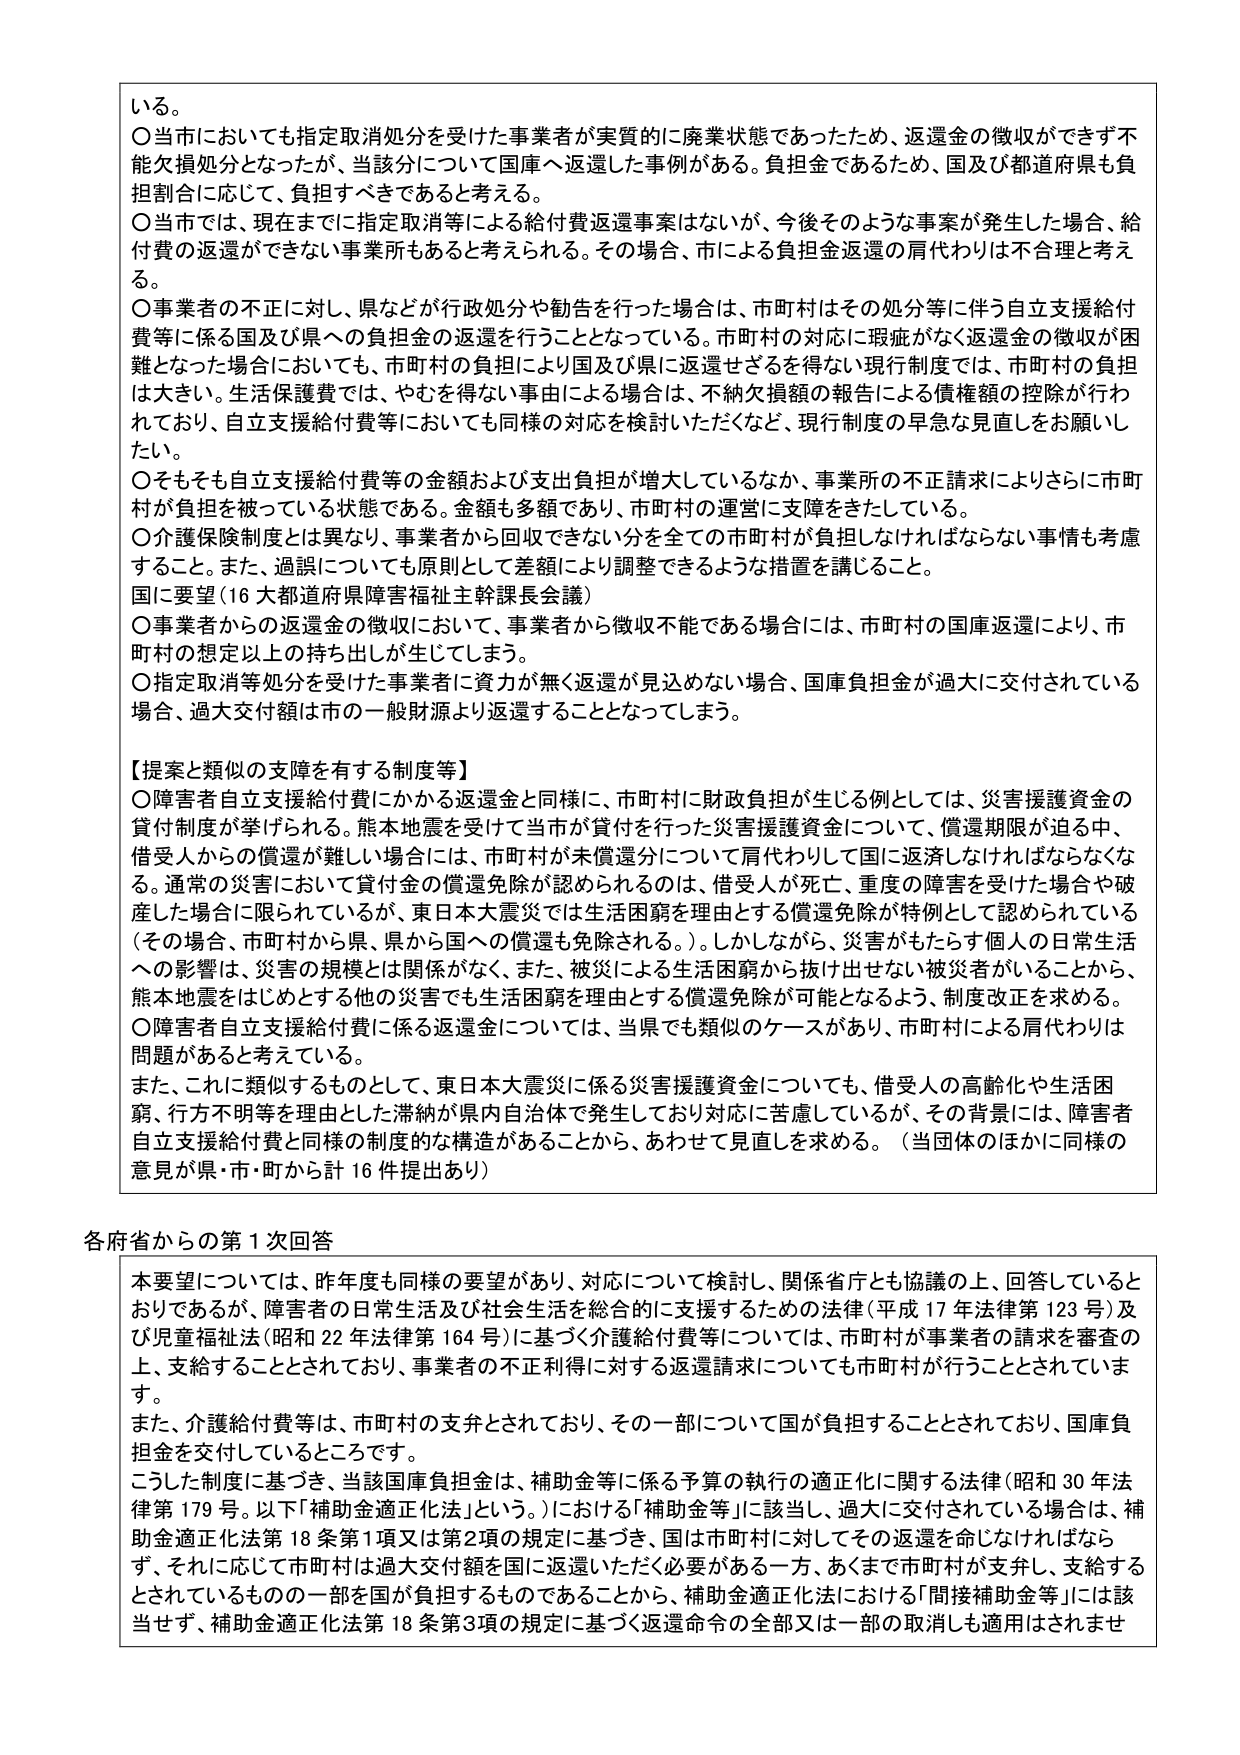
いる。

〇当市においても指定取消処分を受けた事業者が実質的に廃業状態であったため、返還金の徴収ができず不能欠損処分となったが、当該分について国庫へ返還した事例がある。負担金であるため、国及び都道府県も負担割合に応じて、負担すべきであると考える。

〇当市では、現在までに指定取消等による給付費返還事案はないが、今後そのような事案が発生した場合、給付費の返還ができない事業所もあると考えられる。その場合、市による負担金返還の肩代わりは不合理と考える。

〇事業者の不正に対し、県などが行政処分や勧告を行った場合は、市町村はその処分等に伴う自立支援給付費等に係る国及び県への負担金の返還を行うこととなっている。市町村の対応に瑕疵がなく返還金の徴収が困難となった場合においても、市町村の負担により国及び県に返還せざるを得ない現行制度では、市町村の負担は大きい。生活保護費では、やむを得ない事由による場合は、不納欠損額の報告による債権額の控除が行われており、自立支援給付費等においても同様の対応を検討いただくなど、現行制度の早急な見直しをお願いしたい。

〇そもそも自立支援給付費等の金額および支出負担が増大しているなか、事業所の不正請求によりさらに市町村が負担を被っている状態である。金額も多額であり、市町村の運営に支障をきたしている。

〇介護保険制度とは異なり、事業者から回収できない分を全ての市町村が負担しなければならない事情も考慮すること。また、過誤についても原則として差額により調整できるような措置を講じること。

国に要望（16大都道府県障害福祉主幹課長会議）

〇事業者からの返還金の徴収において、事業者から徴収不能である場合には、市町村の国庫返還により、市町村の想定以上の持ち出しが生じてしまう。

〇指定取消等処分を受けた事業者に資力が無く返還が見込めない場合、国庫負担金が過大に交付されている場合、過大交付額は市の一般財源より返還することとなってしまう。

【提案と類似の支障を有する制度等】

〇障害者自立支援給付費にかかる返還金と同様に、市町村に財政負担が生じる例としては、災害援護資金の貸付制度が挙げられる。熊本地震を受けた当市が貸付を行った災害援護資金について、償還期限が迫る中、借受人からの償還が難しい場合には、市町村が未償還分について肩代わりして国に返済しなければならなくなる。通常の災害において貸付金の償還免除が認められるのは、借受人が死亡、重度の障害を受けた場合や破産した場合に限られているが、東日本大震災では生活困窮を理由とする償還免除が特例として認められている（その場合、市町村から県、県から国への償還も免除される。）。しかしながら、災害がもたらす個人の日常生活への影響は、災害の規模とは関係がなく、また、被災による生活困窮から抜け出せない被災者がいることから、熊本地震をはじめとする他の災害でも生活困窮を理由とする償還免除が可能となるよう、制度改正を求める。

〇障害者自立支援給付費に係る返還金については、当県でも類似のケースがあり、市町村による肩代わりは問題があると考えている。

また、これに類似するものとして、東日本大震災に係る災害援護資金についても、借受人の高齢化や生活困窮、行方不明等を理由とした滞納が県内自治体で発生しており対応に苦慮しているが、その背景には、障害者自立支援給付費と同様の制度的な構造があることから、あわせて見直しを求める。（当団体のほかに同様の意見が県・市・町から計16件提出あり）

各府省からの第1次回答

本要望については、昨年度も同様の要望があり、対応について検討し、関係省庁とも協議の上、回答しているとおりであるが、障害者の日常生活及び社会生活を総合的に支援するための法律（平成17年法律第123号）及び児童福祉法（昭和22年法律第164号）に基づく介護給付費等については、市町村が事業者の請求を審査の上、支給することとされており、事業者の不正利得に対する返還請求についても市町村が行うこととされてい ます。

また、介護給付費等は、市町村の支弁とされており、その一部について国が負担することとされており、国庫負担金を交付しているところです。

こうした制度に基づき、当該国庫負担金は、補助金等に係る予算の執行の適正化に関する法律（昭和30年法律第179号。以下「補助金適正化法」という。）における「補助金等」に該当し、過大に交付されている場合は、補助金適正化法第18条第1項又は第2項の規定に基づき、国は市町村に対してその返還を命じなければならず、それに応じて市町村は過大交付額を国に返還いただく必要がある一方、あくまで市町村が支弁し、支給するとされているものの一部を国が負担するものであることから、補助金適正化法における「間接補助金等」には該当せず、補助金適正化法第18条第3項の規定に基づく返還命令の全部又は一部の取消しも適用はされませ